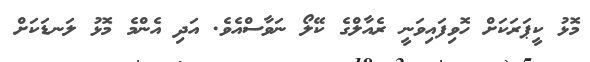
މޮޅު ކީޕަރަކަށް ހޮވިފައިވަނީ ރެއާލްގެ ކޭލޯ ނަވާސްއެވެ. އަދި އެންމެ މޮޅު ލަނޑަކަށް